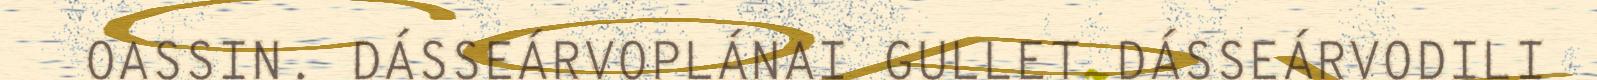
OASSIN. DÁSSEÁRVOPLÁNAI GULLET DÁSSEÁRVODILI